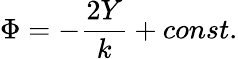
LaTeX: \Phi=-\frac{2Y}{k}+const.